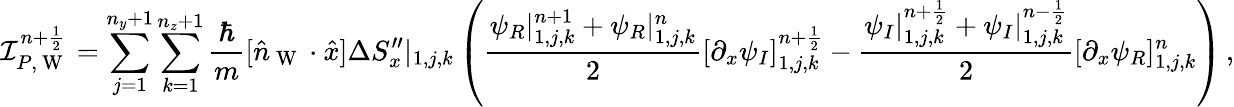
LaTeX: \mathcal I_{P,\mathrm{~W~}}^{n+\frac 12}=\sum_{j=1}^{n_{y}+1}\sum_{k=1}^{n_{z}+1}\frac{\hbar}{m}[\hat{n}_{\mathrm{~W~}}\cdot\hat{x}]\Delta S_{x}^{\prime\prime}|_{1,j,k}\left(\frac{\psi_{R}|_{1,j,k}^{n+1}+\psi_{R}|_{1,j,k}^{n}}{2}[\partial_{x}\psi_{I}]_{1,j,k}^{n+\frac 12}-\frac{\psi_{I}|_{1,j,k}^{n+\frac 12}+\psi_{I}|_{1,j,k}^{n-\frac 12}}{2}[\partial_{x}\psi_{R}]_{1,j,k}^{n}\right)\, ,